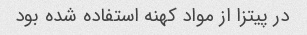
در پیتزا از مواد کهنه استفاده شده بود